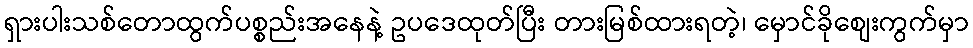
ရှားပါးသစ်တောထွက်ပစ္စည်းအနေနဲ့ ဥပဒေထုတ်ပြီး တားမြစ်ထားရတဲ့၊ မှောင်ခိုစျေးကွက်မှာ